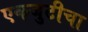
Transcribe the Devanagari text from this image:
एकजुटीचा